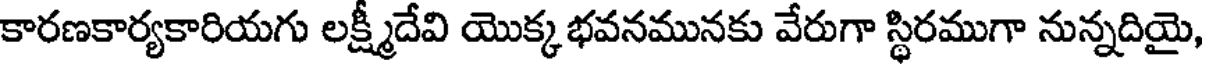
కారణకార్యకారియగు లక్ష్మీదేవి యొక్క భవనమునకు వేరుగా స్థిరముగా నున్నదియై,